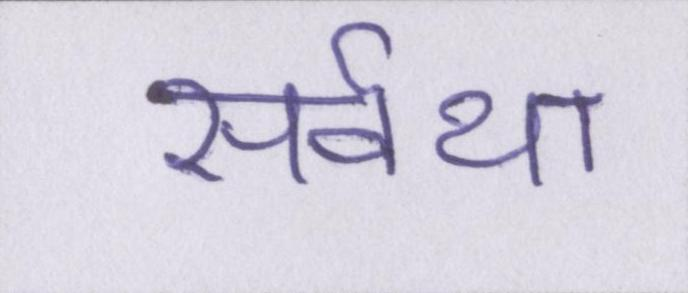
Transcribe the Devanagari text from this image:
सर्वथा